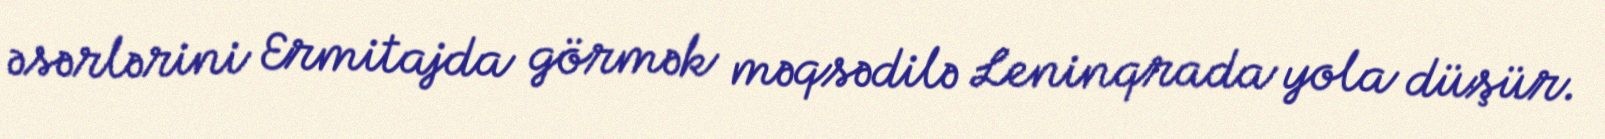
əsərlərini Ermitajda görmək məqsədilə Leninqrada yola düşür.